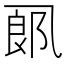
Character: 𱎋